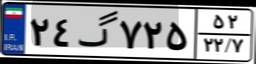
۰۲گ۸۷۱۳۶